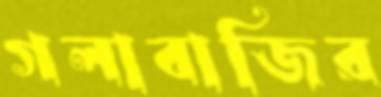
গলাবাজির